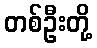
တစ်ဦးတို့